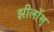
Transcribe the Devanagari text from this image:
झीलोंश्